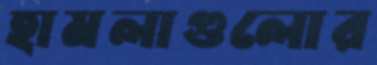
হামলাগুলোর